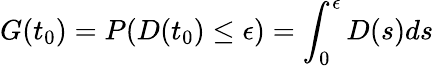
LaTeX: G(t_{0})=P(D(t_{0})\leq\epsilon)=\int_{0}^{\epsilon}D(s)ds